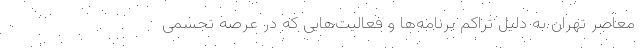
معاصر تهران به دلیل تراکم برنامه‌ها و فعالیت‌هایی که در عرصه تجسمی